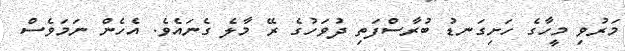
މަރުވި މީހާގެ ހަށިގަނޑު ބުރާސްފަތި ދުވަހުގެ ރޭ މާލެ ގެނައެވެ. އެހެން ނަމަވެސް